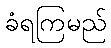
ခံရကြမည်